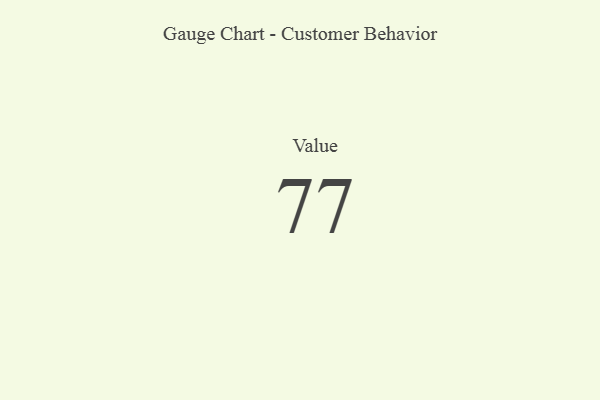
{"axis": {"x": "Metric", "y": "Value"}, "legend": [""], "data": [{"x": "Value", "y": 77, "type": ""}]}